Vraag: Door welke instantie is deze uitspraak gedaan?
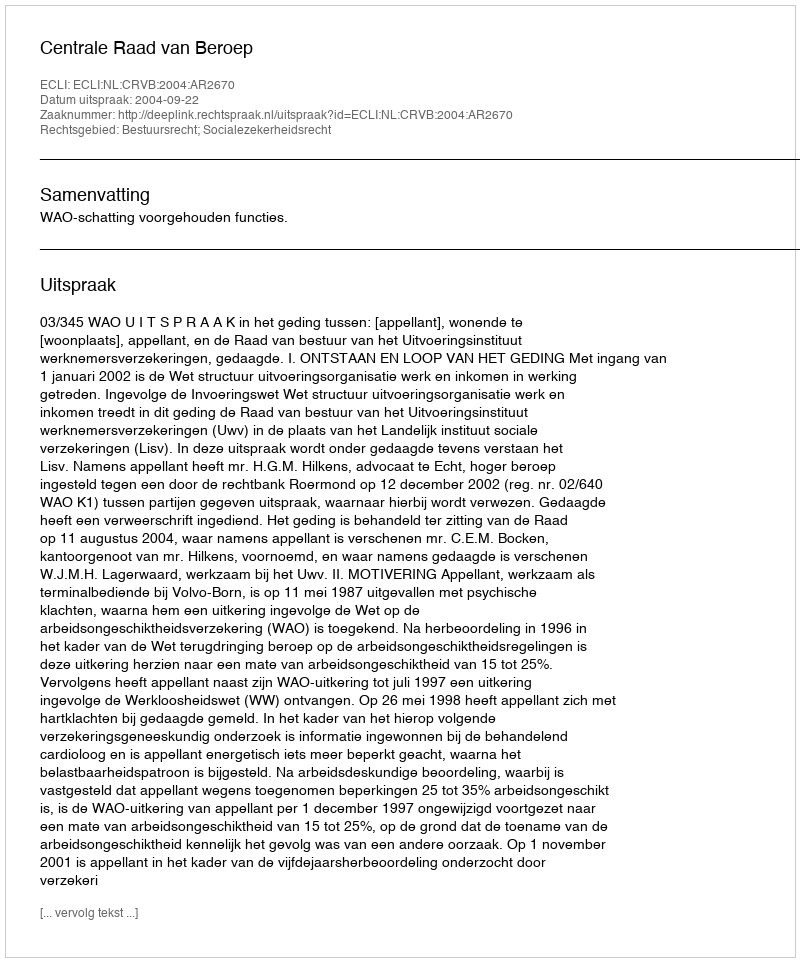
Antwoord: Centrale Raad van Beroep